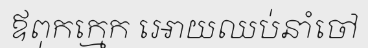
ឪពុកក្មេក អោយឈប់នាំចៅ